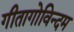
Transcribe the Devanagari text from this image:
गीतागोविन्दम